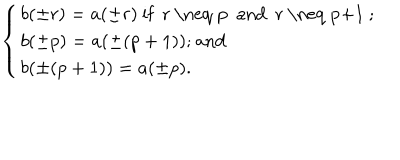
LaTeX: \left\{ \begin{array} { l } { { b ( \pm r ) = a ( \pm r ) \mathrm { ~ i f ~ r ~ \neq ~ p ~ a n d ~ r ~ \neq ~ p + 1 ~ ; } } } \\ { { b ( \pm p ) = a ( \pm ( p + 1 ) ) \mathrm { ; ~ a n d } } } \\ { { b ( \pm ( p + 1 ) ) = a ( \pm p ) . } } \\ \end{array} \right.